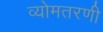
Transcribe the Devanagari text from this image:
व्योमतरणी